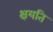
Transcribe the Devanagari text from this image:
क्षयति